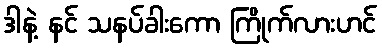
ဒါနဲ့ နင် သနပ်ခါးကော ကြိုက်လားဟင်